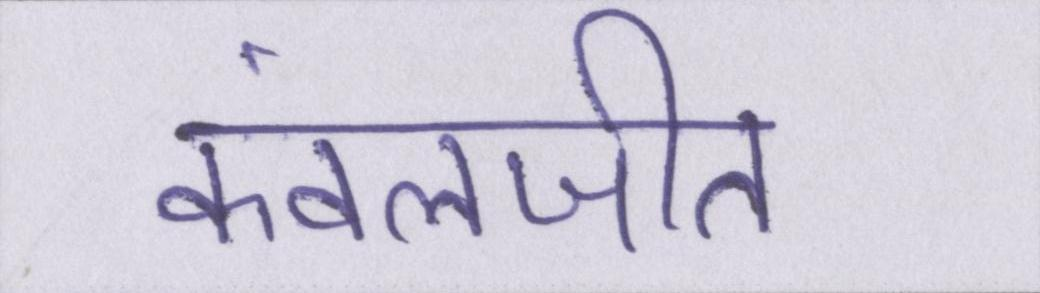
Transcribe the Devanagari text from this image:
कंवलजीत